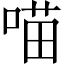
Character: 喵